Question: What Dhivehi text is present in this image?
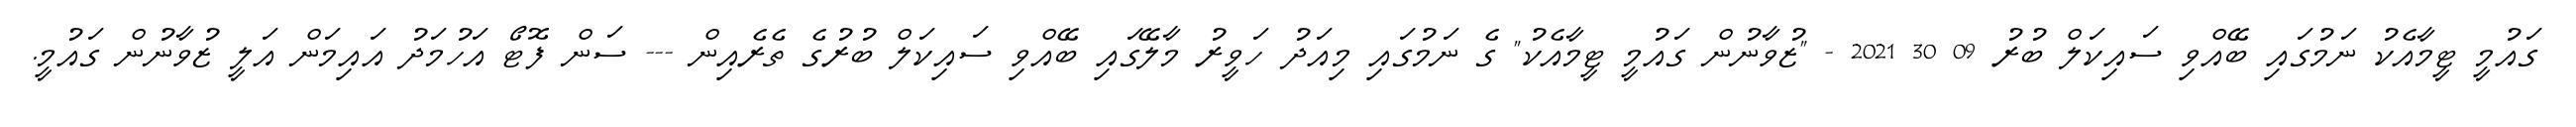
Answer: ގައުމީ ޓީމާއެކު ނަމުގައި ބޭއްވި ސައިކަލް ބުރު 09 30 2021 - "ޒުވާނުން ގައުމީ ޓީމާއެކު" ގެ ނަމުގައި މިއަދު ހަވީރު މާލޭގައި ބޭއްވި ސައިކަލް ބުރުގެ ތެރެއިން --- ސަން ފޮޓޯ އަހުމަދު އައިމަން އަލީ ޒުވާނުން ގައުމީ.